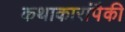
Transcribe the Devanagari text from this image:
कथाकारांपैकी